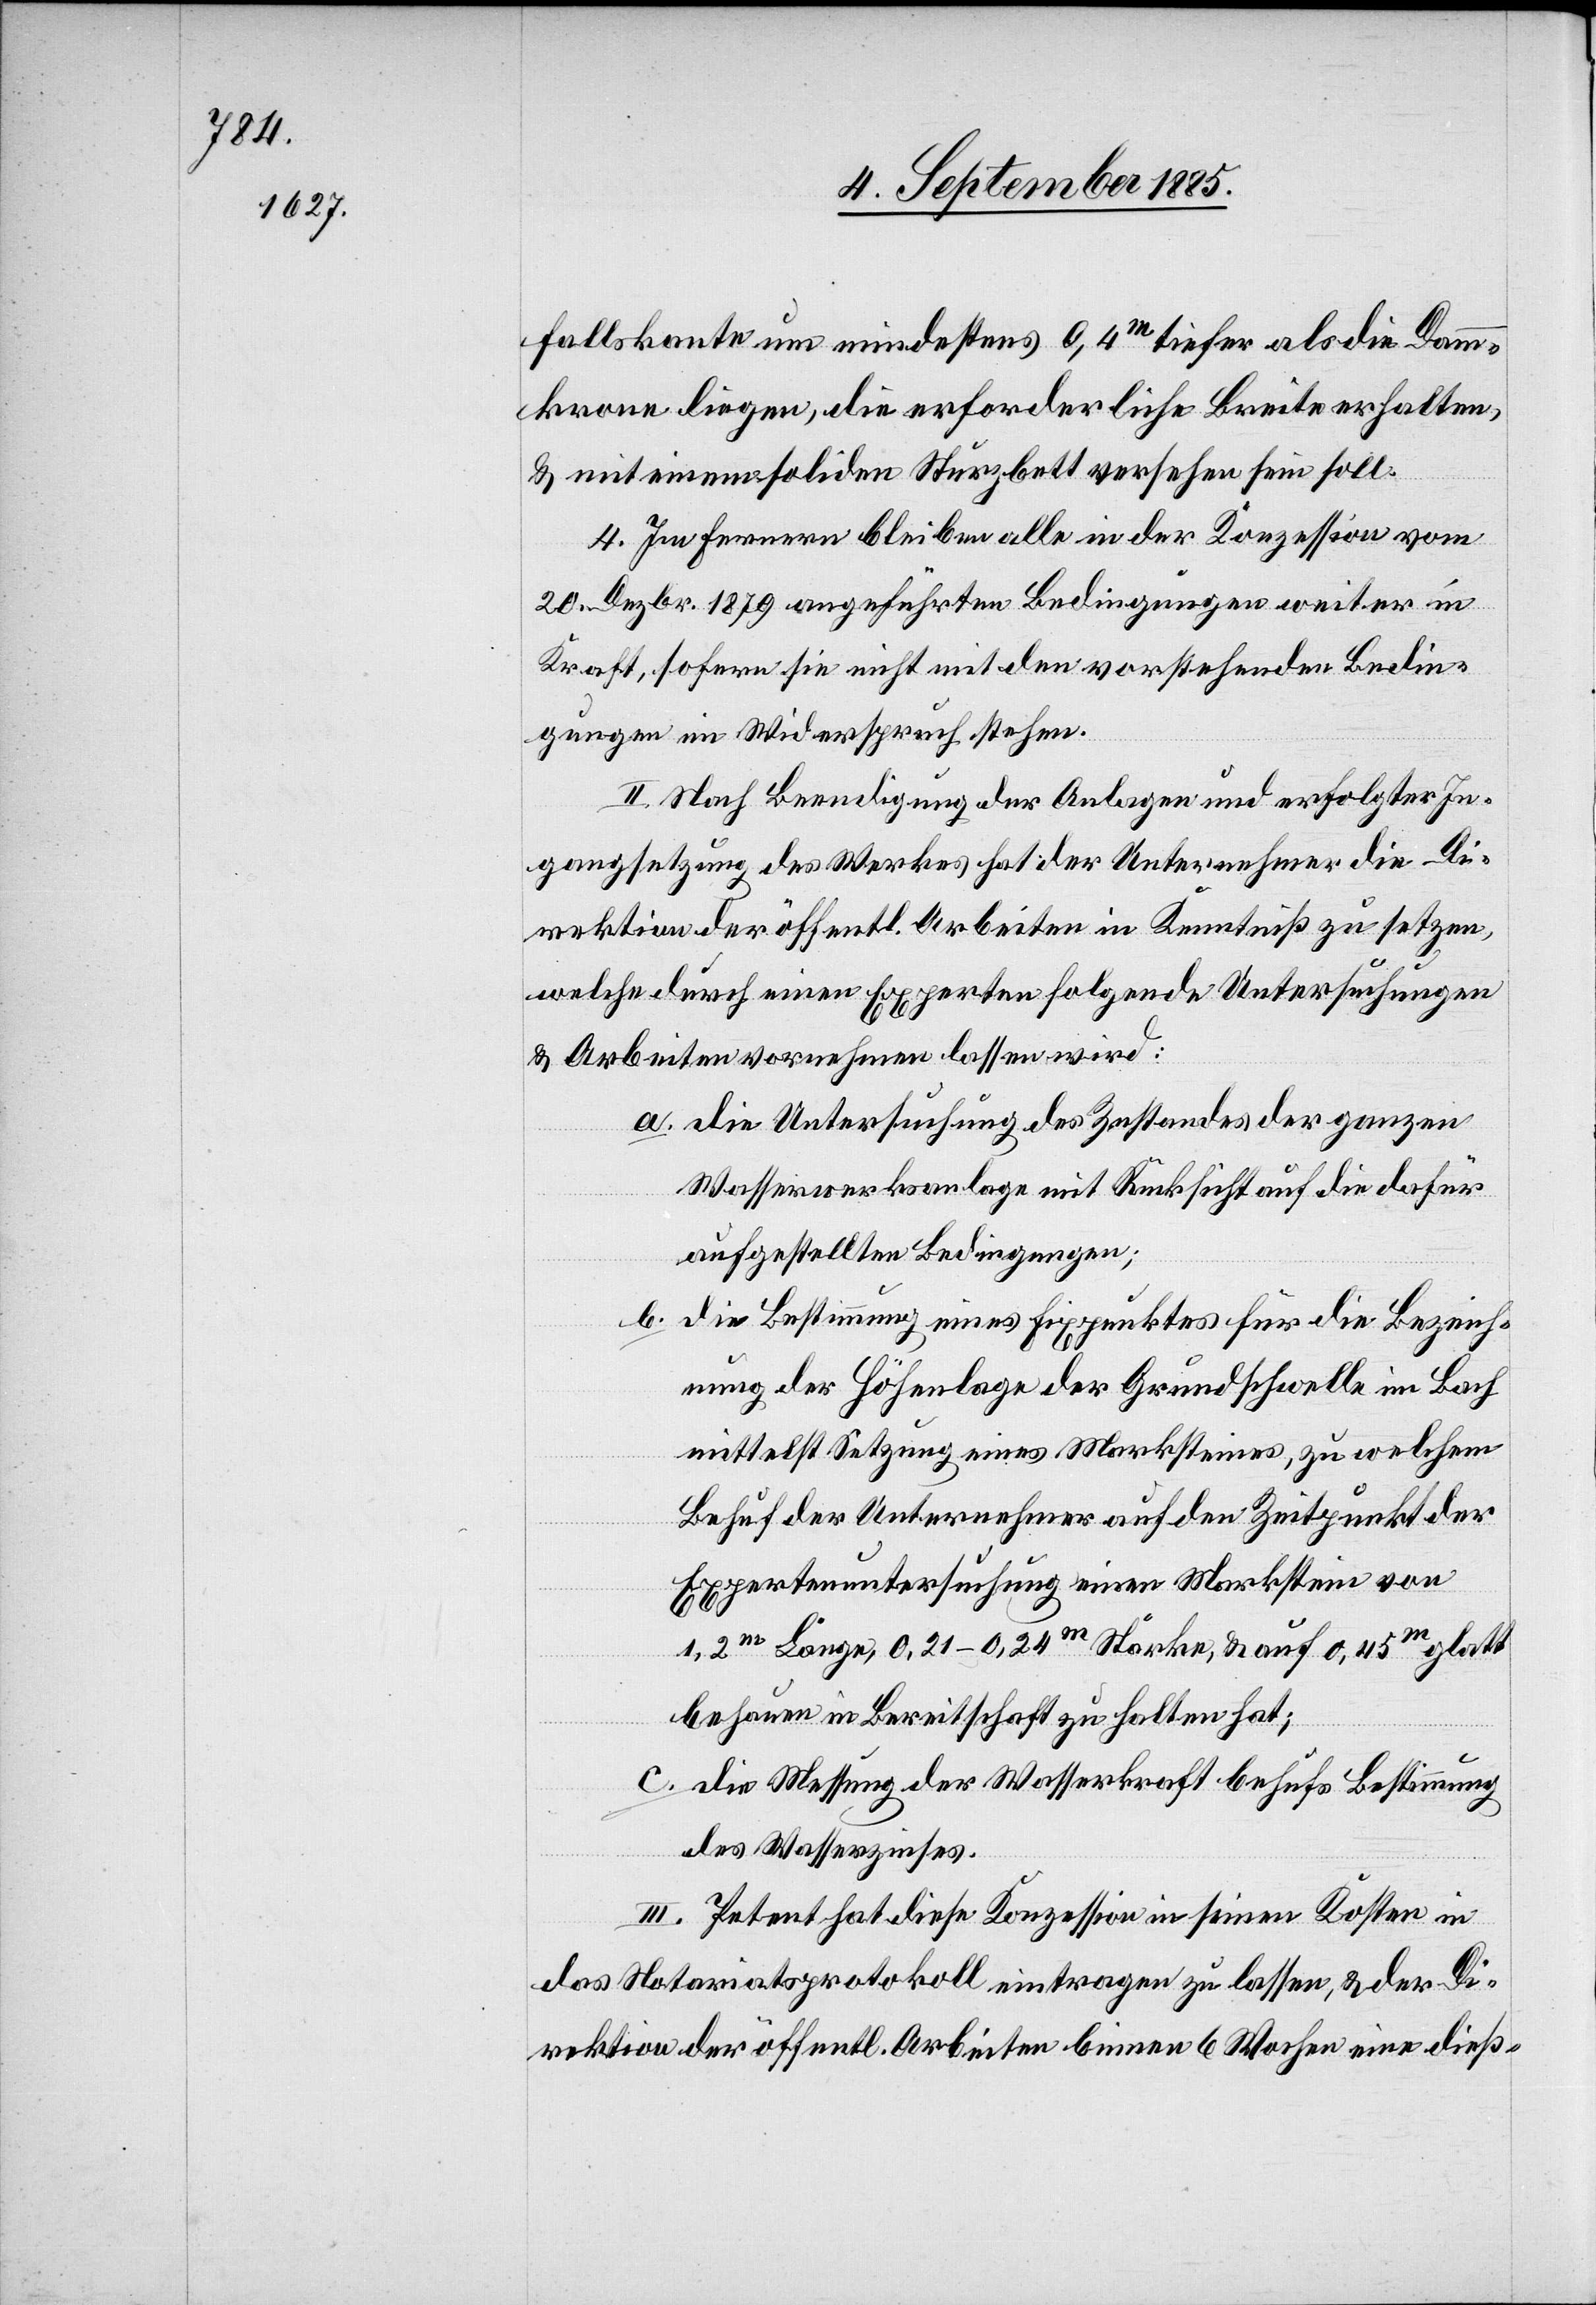
fallskante um mindestens 0,4m tiefer als die Damm¬
krone liegen, die erforderliche Breite erhalten,
& mit einem soliden Sturzbett versehen sein soll.
4. Im Fernern bleiben alle in der Konzession vom
20. Dezbr. 1879 angeführten Bedingungen weiter in
Kraft, sofern sie nicht mit den vorstehenden Bedin¬
gungen im Widerspruch stehen.
II. Nach Beendigung der Anlagen und erfolgter In¬
gangsetzung des Werkes hat der Unternehmer die Di¬
rektion der öffentl. Arbeiten in Kenntniß zu setzen,
welche durch einen Experten folgende Untersuchungen
& Arbeiten vornehmen lassen wird:
a. die Untersuchung des Zustandes der ganzen
Wasserwerksanlage mit Rücksicht auf die dafür
aufgestellten Bedingungen;
b. die Bestimmung eines Fixpunktes für die Bezeich¬
nung der Höhenlage der Grundschwelle im Bach
mittelst Setzung eines Marksteines, zu welchem
Behuf der Unternehmer auf den Zeitpunkt der
Expertenuntersuchung einen Markstein von
1,2m Länge, 0,21–0,24m Stärke, & auf 0,45m glatt
behauen in Bereitschaft zu halten hat;
c. die Messung der Wasserkraft behufs Bestimmung
des Wasserzinses.
III. Petent hat diese Konzession in seinen Kosten in
das Notariatsprotokoll eintragen zu lassen & der Di¬
rektion der öffentl. Arbeiten binnen 6 Wochen eine dieß-